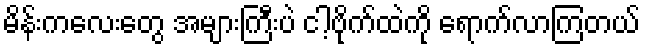
မိန်းကလေးတွေ အများကြီးပဲ ငါ့ဗိုက်ထဲကို ရောက်လာကြတယ်